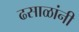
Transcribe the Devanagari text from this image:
ढसाळांनी